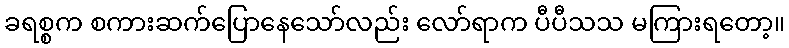
ခရစ္စက စကားဆက်ပြောနေသော်လည်း လော်ရာက ပီပီသသ မကြားရတော့။